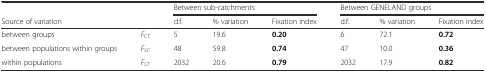
<table><thead><tr><td></td><td></td><td colspan="3"><b>Between sub-catchments</b></td><td colspan="3"><b>Between GENELAND groups</b></td></tr><tr><td><b>Source of variation</b></td><td></td><td><b>d.f.</b></td><td><b>% variation</b></td><td><b>Fixation index</b></td><td><b>d.f.</b></td><td><b>% variation</b></td><td><b>Fixation index</b></td></tr></thead><tbody><tr><td>between groups</td><td><i>F</i><sub><i>CT</i></sub></td><td>5</td><td>19.6</td><td><b>0.20</b></td><td>6</td><td>72.1</td><td><b>0.72</b></td></tr><tr><td>between populations within groups</td><td><i>F</i><sub><i>SC</i></sub></td><td>48</td><td>59.8</td><td><b>0.74</b></td><td>47</td><td>10.0</td><td><b>0.36</b></td></tr><tr><td>within populations</td><td><i>F</i><sub><i>ST</i></sub></td><td>2032</td><td>20.6</td><td><b>0.79</b></td><td>2032</td><td>17.9</td><td><b>0.82</b></td></tr></tbody></table>